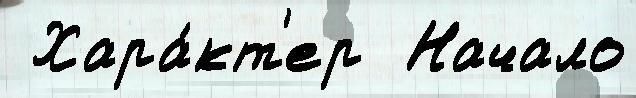
 Хара́кт'ер  Начало